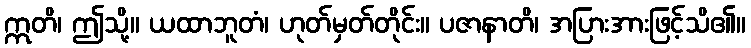
ဣတိ၊ ဤသို့။ ယထာဘူတံ၊ ဟုတ်မှတ်တိုင်း။ ပဇာနာတိ၊ အပြားအားဖြင့်သိ၏။